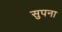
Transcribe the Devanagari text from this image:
सुपना